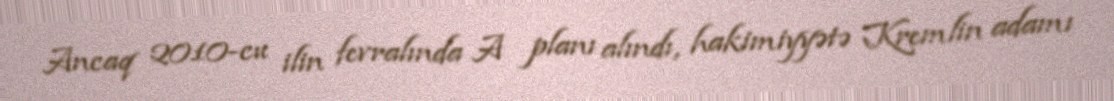
Ancaq 2010-cu ilin fevralında A planı alındı, hakimiyyətə Kremlin adamı